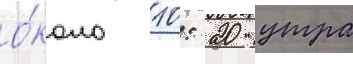
о́коло 10: 20 утра